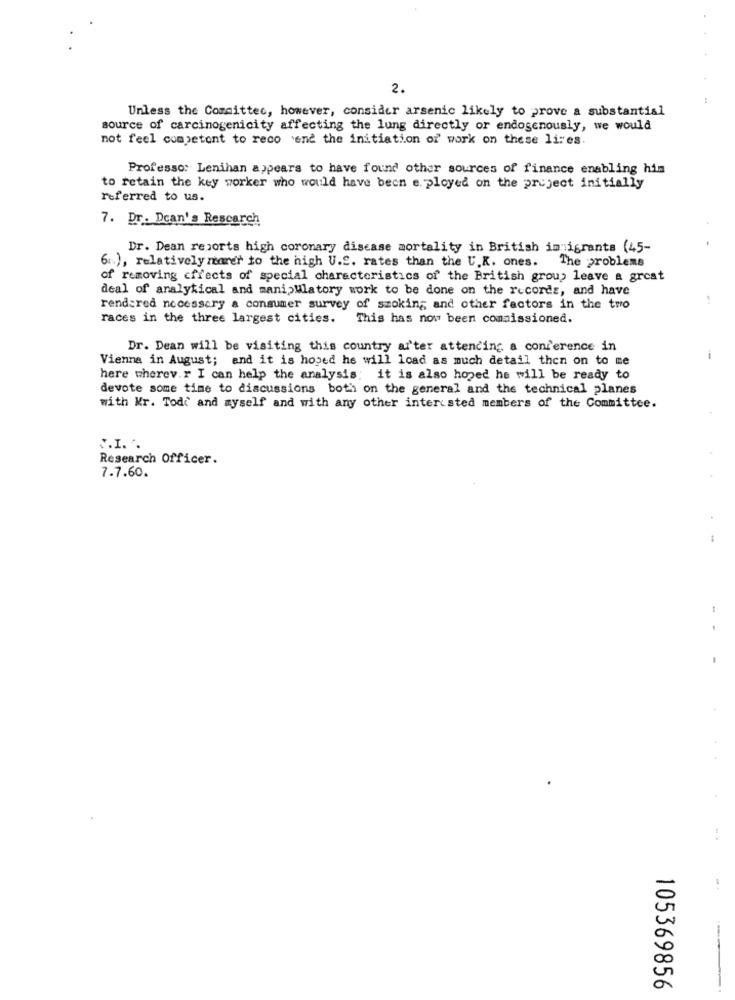
2.
Unless the Committee, however, consider arsenic likely to prove a substantial
source of carcinogenicity affecting the lung directly or endogenously, we would
not feel competent to reco end the initiation of work on these lines.
Professo: Lenihan appears to have found other sources of finance enabling him
to retain the key worker who would have been e. ployed on the project initially
referred to us.
7. Dr. Dcan's Rescarch
Dr. Dean reports high coronary disease mortality in British immigrants (45-
6.), relatively rarer to the high U.S. rates than the U.K. ones.
The problems
of removing effects of special characteristics of the British group leave a great
deal of analytical and manipulatory work to be done on the records, and have
rendered necessary a consumer survey of smoking and other factors in the two
races in the three largest cities. This has now been commissioned.
Dr. Dean will be visiting this country arter attending a conference in
Vienna in August; and it is hoped he will load as much detail then on to me
-
here wherev.r I can help the analysis; it is also hoped he will be ready to
devote some time to discussions both on the general and the technical planes
with Kr. Todd and myself and with any other inter sted members of the Committee.
J.I. .
Research Officer.
7.7.60.
105369856